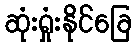
ဆုံးရှုံးနိုင်ခြေ